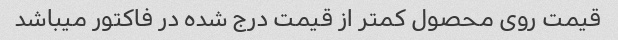
قیمت روی محصول کمتر از قیمت درج شده در فاکتور میباشد